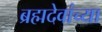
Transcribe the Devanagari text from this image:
ब्रह्मदेवांच्या